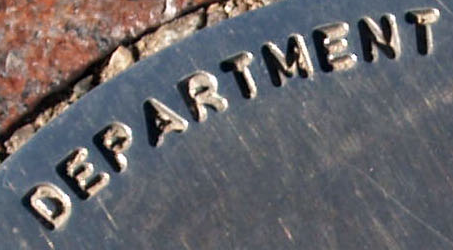
DEPARTMENT